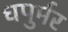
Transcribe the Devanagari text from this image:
धपुर्मर